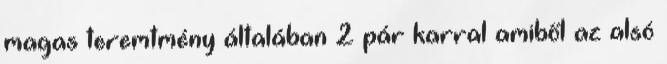
magas teremtmény általában 2 pár karral amiből az alsó